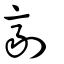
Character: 劑